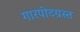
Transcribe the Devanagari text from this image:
गारपीटग्रस्त